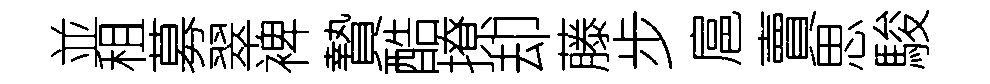
並租募翠裨贄酷撩却藤步扈賣思駿